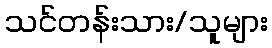
သင်တန်းသား/သူများ